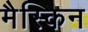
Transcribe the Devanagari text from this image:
मैस्किन